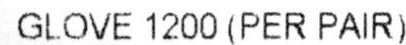
GLOVE 1200 (PER PAIR)